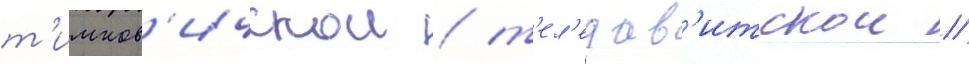
т'имков'ичскои / т'ел'едав'итскои /